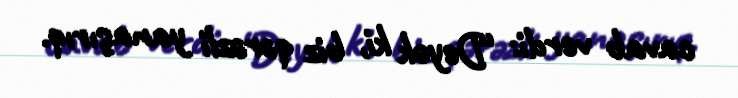
cavab verdi: “Deyək ki, biz qərəzli yanaşırıq.